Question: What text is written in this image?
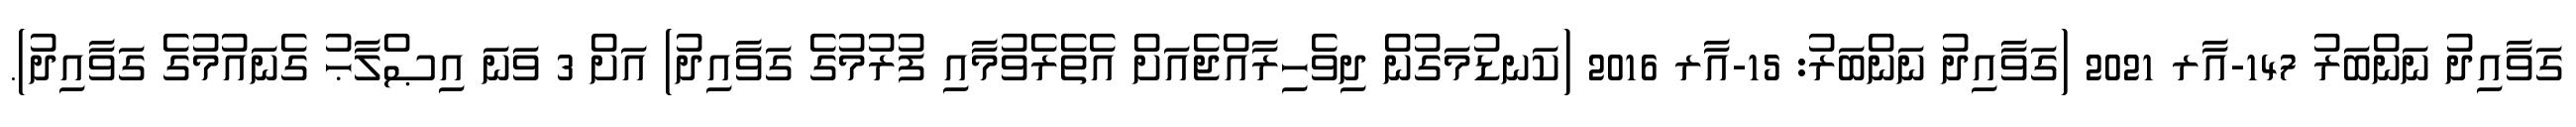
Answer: ގަވާއިދު ނަންބަރު 147-އާރ 2021 (ގަވާއިދު ނަންބަރު: 15-އާރ 2016 (ކަނޑުމަގުން ދިވެހިރާއްޖެއަށް އެތެރެވުމާއި ފުރުމުގެ ގަވާއިދު) އަށް 3 ވަނަ އިޞްލާޙު ގެނައުމުގެ ގަވާއިދު).